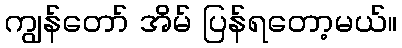
ကျွန်တော် အိမ် ပြန်ရတော့မယ်။